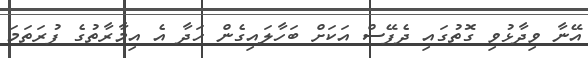
އޭނާ ވިދާޅުވި ގޮތުގައި ދެފޭސް އަކަށް ބަހާލައިގެން ހަދާ އެ އިމާރާތުގެ ފުރަތަމަ